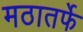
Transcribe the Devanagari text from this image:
मठातर्फे